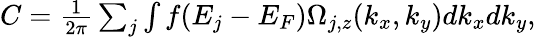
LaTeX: \begin{array}{r}{C=\frac{1}{2\pi}\sum_{j}\int f(E_{j}-E_{F})\Omega_{j,z}(k_{x},k_{y})dk_{x}dk_{y},}\end{array}